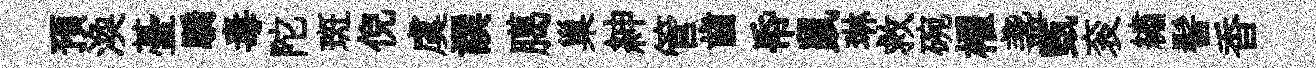
預渙䑓驕毒陀斑倪虞譔臈巢紳管齒帋鼠琳救碗櫂盞甄衮繡髻香